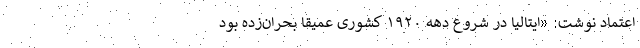
اعتماد نوشت:‌ «ایتالیا در شروع دهه ۱۹۲۰ کشوری عمیقا بحران‌زده بود